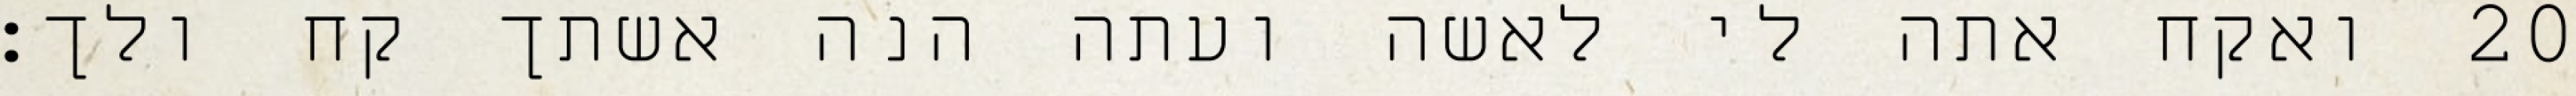
ואקח אתה לי לאשה ועתה הנה אשתך קח ולך׃ ‎20‏